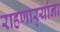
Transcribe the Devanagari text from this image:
राहणार्‍यांना